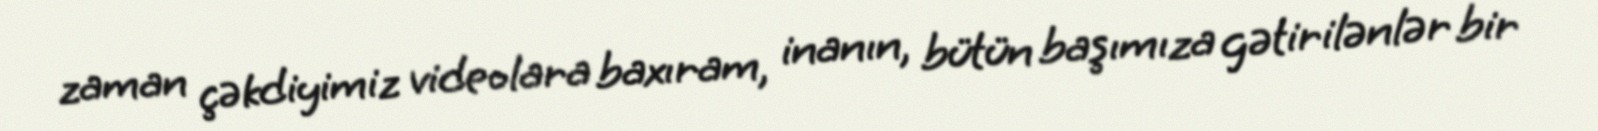
zaman çəkdiyimiz videolara baxıram, inanın, bütün başımıza gətirilənlər bir